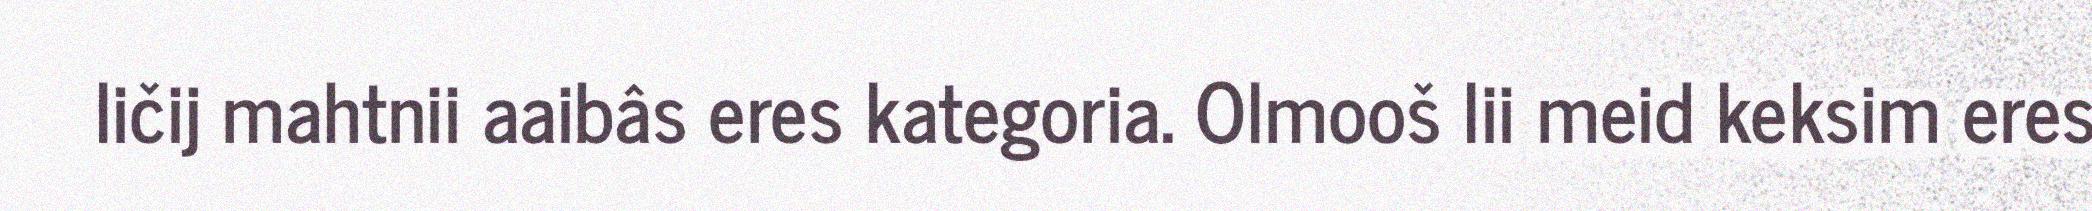
ličij mahtnii aaibâs eres kategoria. Olmooš lii meid keksim eres